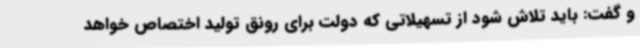
و گفت: باید تلاش شود از تسهیلاتی که دولت برای رونق تولید اختصاص خواهد